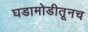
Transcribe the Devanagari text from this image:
घडामोडीतूनच